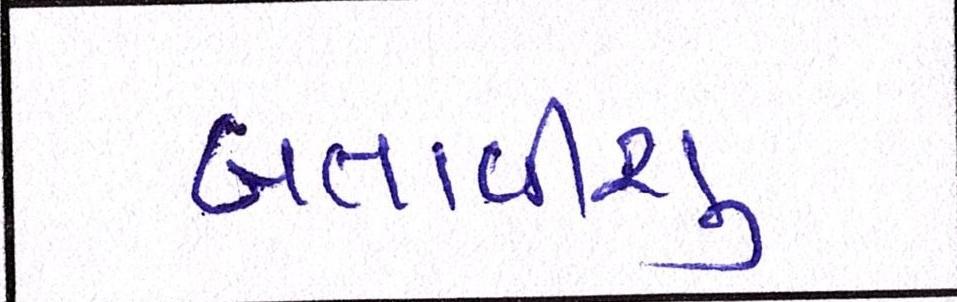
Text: બતાવીશુ